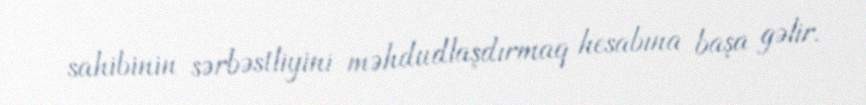
sahibinin sərbəstliyini məhdudlaşdırmaq hesabına başa gəlir.